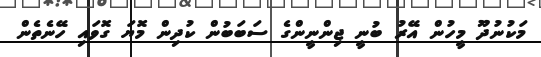
މަކުނުދޫ މީހުން އޭރު ބުނީ ޖިންނީންގެ ސަބަބުން ކުދިން މޮޔަ ގޮވައި ހޭނެތެން